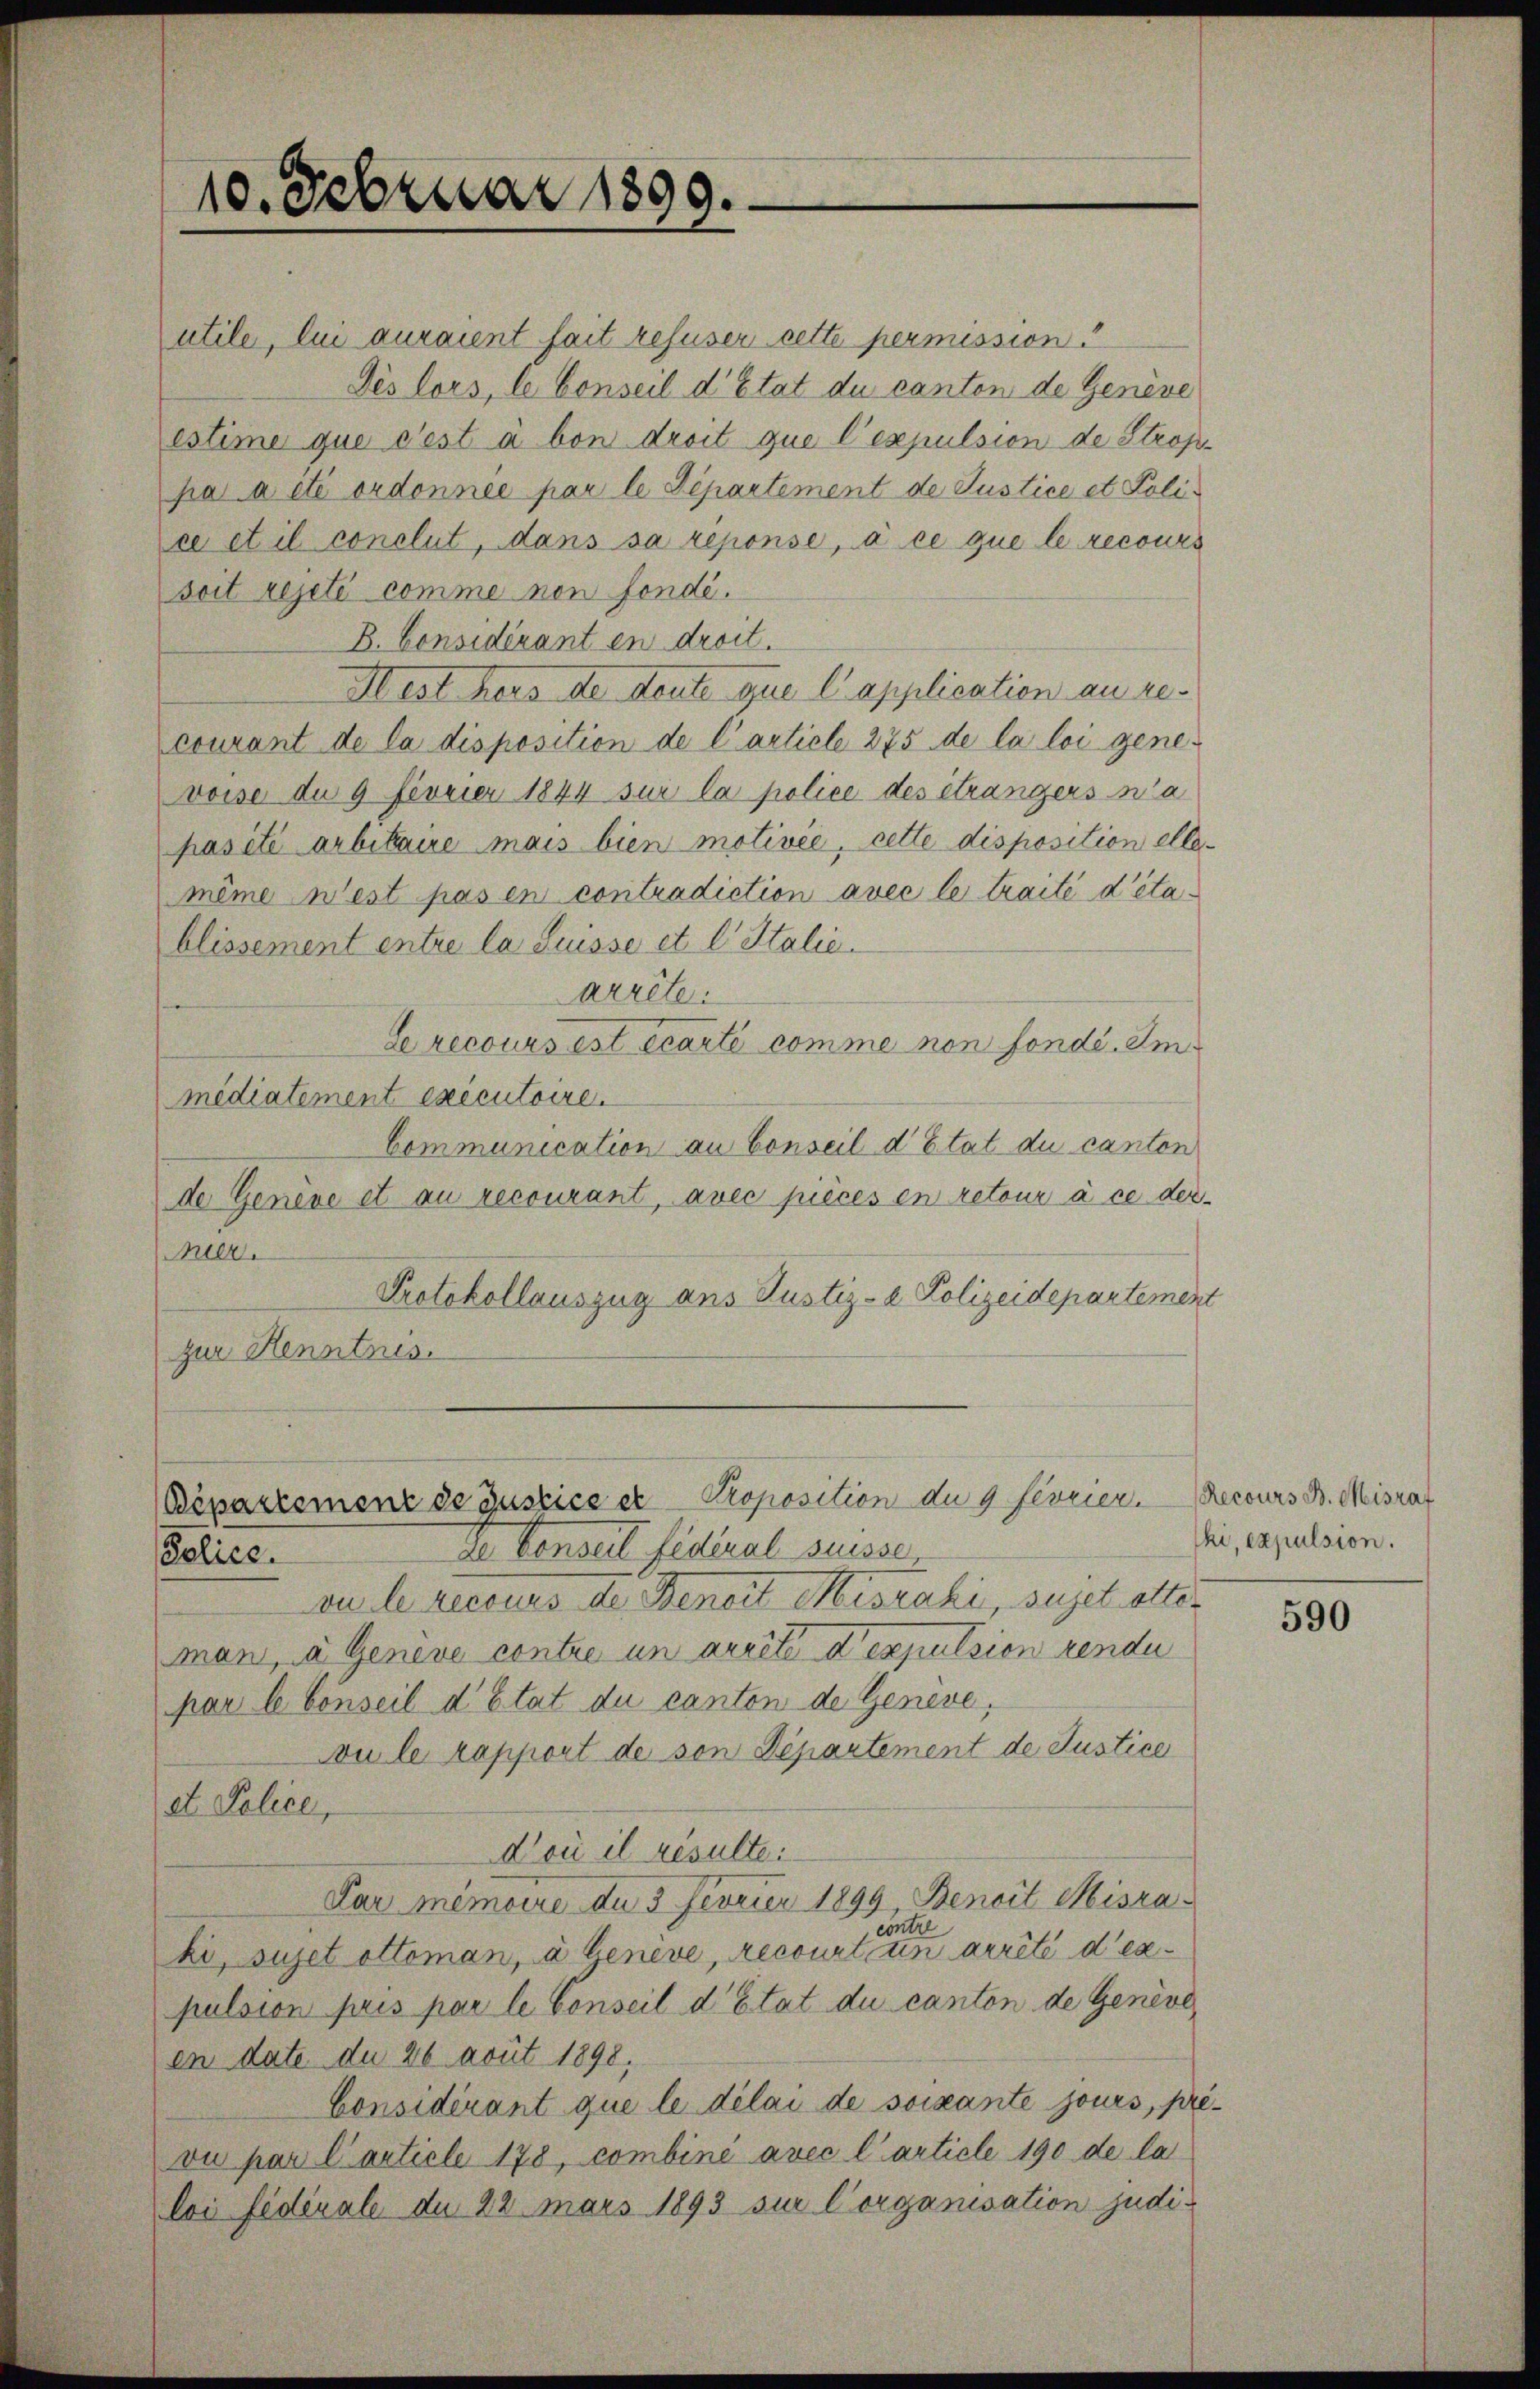
10. Februar 1899.

(Bipartemenz de Gustice et Proposition du 9 fevrier.
Ie Censeil fédéral Suisse,
Police.

utile, lui auraient fait refuser cette permission
Des lors, le Conseil d’Etat du canten de Geneve
estime que c’est à von droit que l’espulsion de Strop-
pa a été ordonnée par le Departement de Justice et Police et il conclut, dans sa reponse, à ce que le recours
soit rejeté comme non fondé.
B. Considérant en droit.
Mest hers de deute que l’application au re-
courant de la disposition de Carticle 275 de la loi genevoise du 9 Fevrier 1844 sur la police des étrangers na
pas été arbitaire mais bien motivée, cette disposition elle-
même west pas en contradiction avec le traité d’établissement entre la Suisse et l. Stalie
arrête.
Lrecours est écarti comme non fonde. Im
mediatement executoire.
Communication an Conseil d’Etat du canton
de Genere et an recourant, avec pièces en retour à ce der-
Meer.
Protokollauszug aus Justiz- & Polizeidepartement
zur Henntnis.

vu le recours der Benoit Miszaki, sujet otter
mani, a Genève contre in arrêté expulsion rende
par le Conseil d’Etat du canton de Geneve,
ou le rapport de son Departement de Justice
et Police,
Noù il resulte:
Par Memoire du 3 Fevrier 1899 Benoit Misra-
contre
ki, sujet attoman, à benive, recourt un arrêté des
pulsion pris par le Conseil d’Etat du canton de Geneve,
en date du 26 avut 1898,
Considérant que le délai de soixante jours, pré-
vu par l’article 178, combine avec l’article 190 de la
loi fédérale du 22 mars 1893 sur Corganisation judi¬

Recours B. Misrat
ki, expulsion.

590